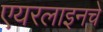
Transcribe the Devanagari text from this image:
एयरलाइनचे